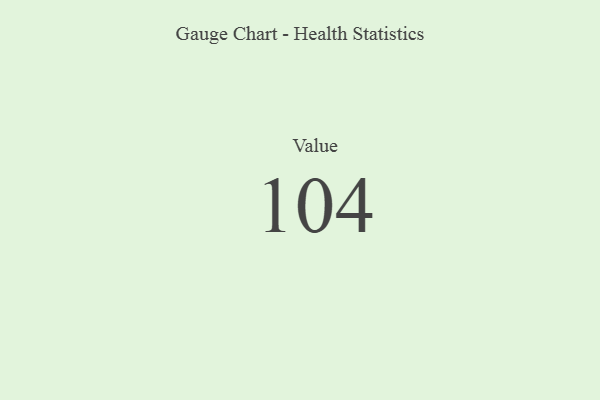
{"axis": {"x": "Metric", "y": "Value"}, "legend": [""], "data": [{"x": "Value", "y": 104, "type": ""}]}